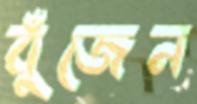
বুঁজেন